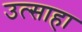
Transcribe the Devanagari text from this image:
उत्साहा